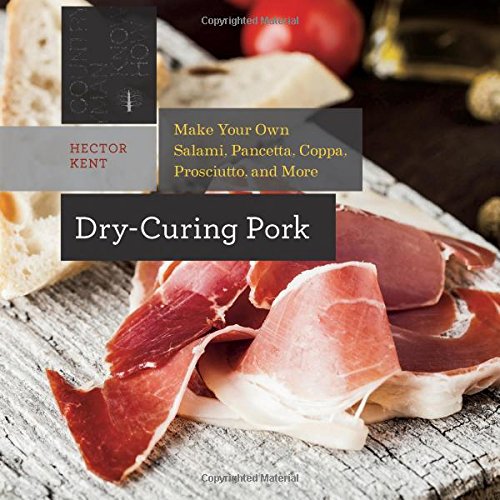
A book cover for Dry-Curing Pork: Make Your Own Salami, Pancetta, Coppa, Prosciutto, and More (Countryman Know How); Hector Kent; Cookbooks, Food & Wine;